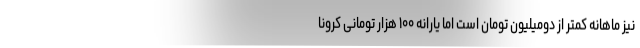
نیز ماهانه کمتر از دومیلیون تومان است اما یارانه ۱۰۰ هزار تومانی کرونا